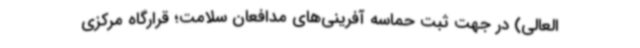
العالی) در جهت ثبت حماسه آفرینی‌های مدافعان سلامت؛ قرارگاه مرکزی